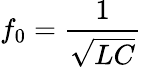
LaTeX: f_{0}=\frac{1}{\sqrt{LC}}